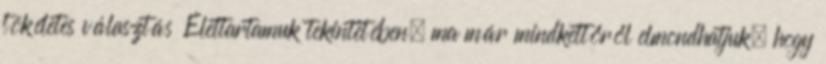
tökéletes választás Élettartamuk tekintetében, ma már mindkettőről elmondhatjuk, hogy